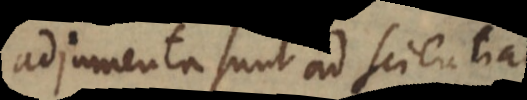
adjumenta sunt ad scientiam